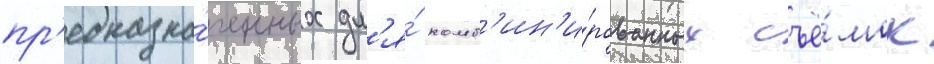
пр'едназна́ченных дл'я́ комб'ин'и́рованных съё́мок